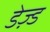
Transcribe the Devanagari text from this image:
डेज़्ड